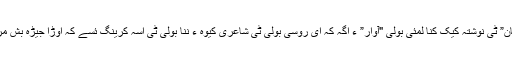
سآحل مینگل رسول حمزہ تَوف ” کنا داغستان” ٹی نوشتہ کیک کنا لُمّئی بولی "آوار” ءِ اگہ کہ ای روسی بولی ٹی شاعری کیوہ ءُ ننا بولی ٹی اسہ کرینگ ئسے کہ اوڑا جیڑہ بش مریک "ہِن کہ تینا لُمّئی بولی ءِ گیرام کیس” ۔